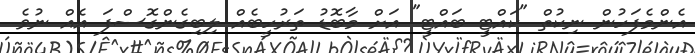
އެންމެފަހުން ނިކުތް "ކައްޓީ ބައްޓީ" އަށް މާބޮޑު ތަރުހީބެއް ލިބިގެންގޮސްފަ އެއް ނުވެ